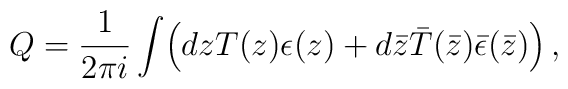
Q=\frac{1}{2\pi i}\int\! \left(dzT(z)\epsilon(z)+d\bar{z}\bar{T}(\bar{z})\bar{\epsilon}(\bar{z})\right),